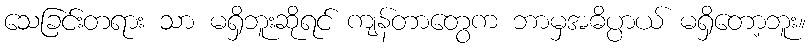
သေခြင်းတရား သာ မရှိဘူးဆိုရင် ကျန်တာတွေက ဘာမှအဓိပ္ပာယ် မရှိတော့ဘူး။